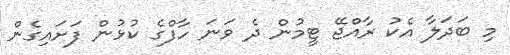
މި ބަދަލާ އެކު ރާއްޖޭ ޓީމުން ދެ ވަނަ ހާފްގެ ކުޅުން ފަށައިގެން